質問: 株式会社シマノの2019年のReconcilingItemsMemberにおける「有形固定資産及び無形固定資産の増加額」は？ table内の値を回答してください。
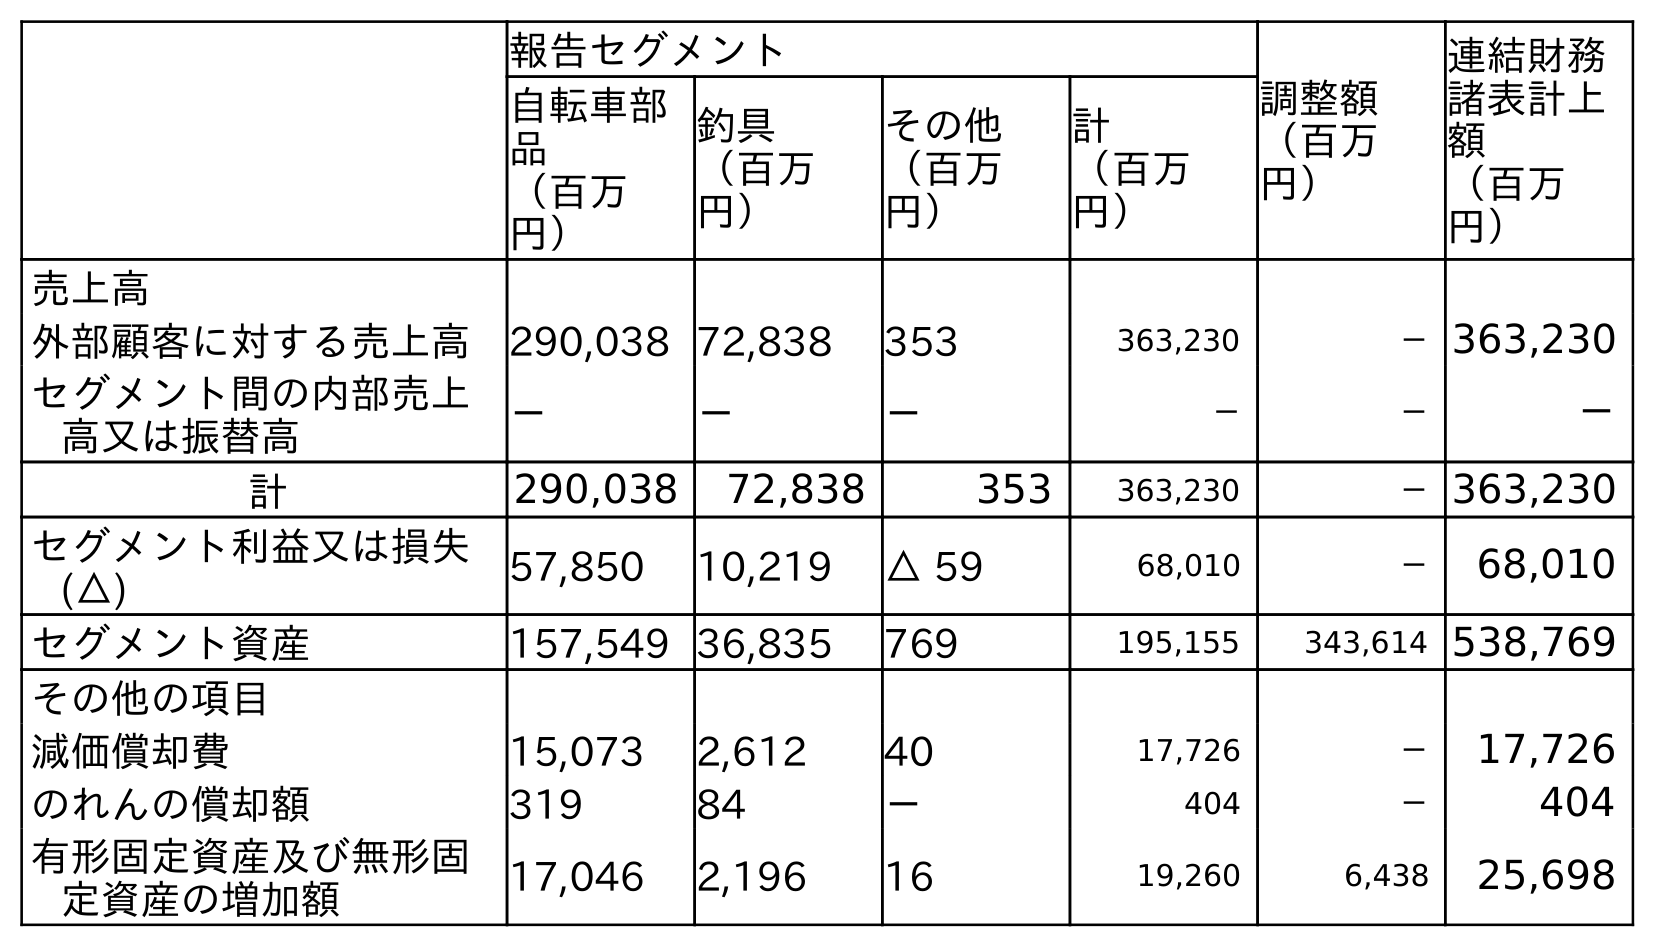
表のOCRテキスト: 報告セグメント 調整額 （百万 円） 連結財務 諸表計上 額 （百万 円） 自転車部 品 （百万 円） 釣具 （百万 円） その他 （百万 円） 計 （百万 円） 売上高 外部顧客に対する売上高 290,038 72,838 353 363,230 －363,230 セグメント間の内部売上 高又は振替高 － － － － － － 計 290,038 72,838 353 363,230 －363,230 セグメント利益又は損失 (△) 57,850 10,219 △ 59 68,010 － 68,010 セグメント資産 157,549 36,835 769 195,155 343,614 538,769 その他の項目 減価償却費 15,073 2,612 40 17,726 － 17,726 のれんの償却額 319 84 － 404 － 404 有形固定資産及び無形固 定資産の増加額 17,046 2,196 16 19,260 6,438 25,698
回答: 6,438